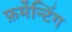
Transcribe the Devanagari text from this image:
फ़र्मेन्टिंग